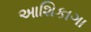
આશિકાગા